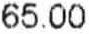
65.00